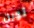
ثورن